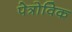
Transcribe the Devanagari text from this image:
पेत्रोविक